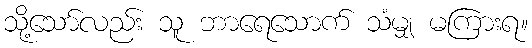
သို့သော်လည်း သူ ဘာရေသောက် သံမျှ မကြားရ။